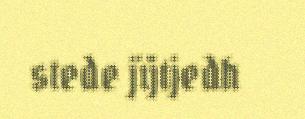
stede jïjtjedh